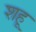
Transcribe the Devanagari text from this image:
शहू